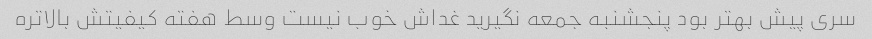
سری پیش بهتر بود پنجشنبه جمعه نگیرید غداش خوب نیست وسط هفته کیفیتش بالاتره